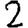
Digit: 2